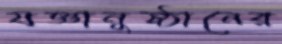
যজ্ঞানুষ্ঠানের